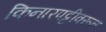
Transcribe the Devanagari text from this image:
किनारपट्टीवरून